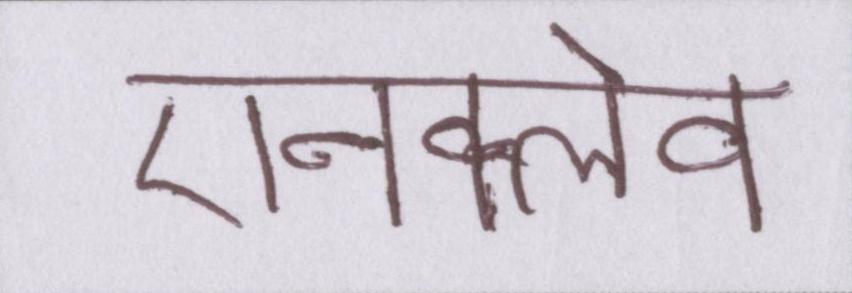
एनक्लेव